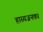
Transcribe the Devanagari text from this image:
हास्यजनक।